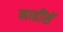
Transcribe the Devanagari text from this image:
नाहींसें